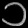
Digit: ၁